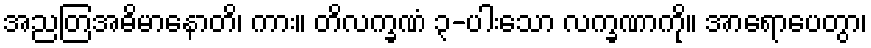
အညတြအဓိမာနောတိ၊ ကား။ တိလက္ခဏံ ၃-ပါးသော လက္ခဏာကို။ အာရောပေတွာ၊